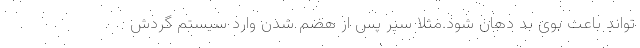
تواند باعث بوی بد دهان شود.مثلا سیر پس از هضم شدن وارد سیستم گردش